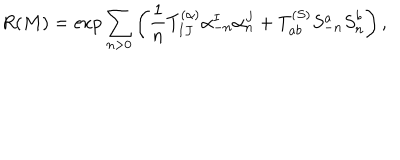
R ( M ) = \exp \sum _ { n > 0 } \left( { \frac { 1 } { n } } T _ { I J } ^ { ( \alpha ) } \alpha _ { - n } ^ { I } { \alpha } _ { n } ^ { J } + T _ { a b } ^ { ( S ) } S _ { - n } ^ { a } { S } _ { n } ^ { b } \right) ,